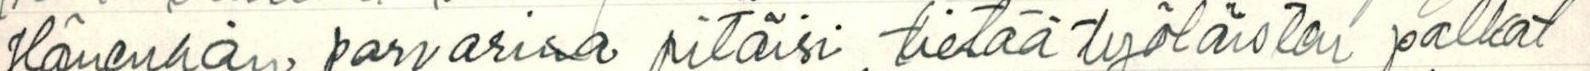
Hänenhän porvarina pitäisi tietää työläisten palkat